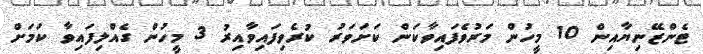
ޓެންޒޭނިޔާއިން 10 މީހުން މަރުވެފައިވާކަން ކަށަވަރު ކުރެވިފައިވާއިރު 3 މީހުން ގެއްލިފައިވާ ކަމަށް